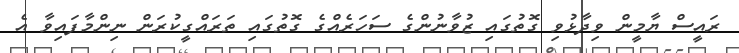
ރައީސް ޔާމީން ވިދާޅުވި ގޮތުގައި ޒުވާނުންގެ ސަހަރެއްގެ ގޮތުގައި ތަރައްގީކުރަން ނިންމާފައިވާ އެ